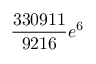
\frac { 3 3 0 9 1 1 } { 9 2 1 6 } e ^ { 6 }